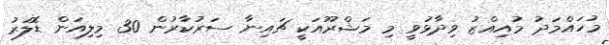
މުހައްމަދު މުއިއްޒު ވިދާޅުވީ މި މަޝްރޫއަކީ ޗައިނާ ސަރުކާރުން 30 މިލިއަން ޑޮލަރު